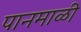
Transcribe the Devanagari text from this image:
पानमाळी